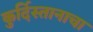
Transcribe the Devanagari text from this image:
कुर्दिस्तानाचा